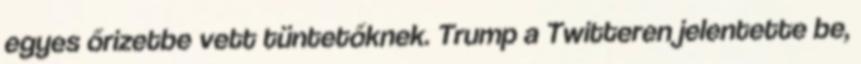
egyes őrizetbe vett tüntetőknek. Trump a Twitteren jelentette be,